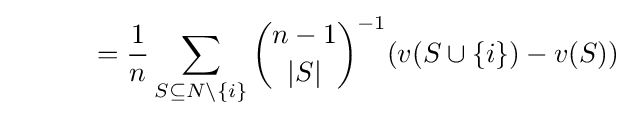
\quad \quad \quad ={\frac {1}{n}}\sum _{S\subseteq N\setminus \{i\}}{n-1 \choose |S|}^{-1}(v(S\cup \{i\})-v(S))